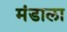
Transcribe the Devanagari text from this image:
मंडाला